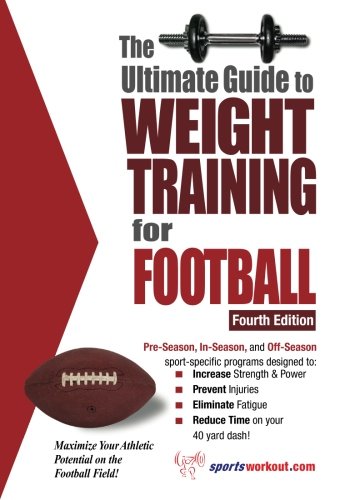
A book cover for The Ultimate Guide to Weight Training for Football; Rob Price; Sports & Outdoors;